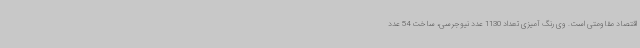
اقتصاد مقاومتی است. وی رنگ آمیزی تعداد 1130 عدد نیوجرسی، ساخت 54 عدد